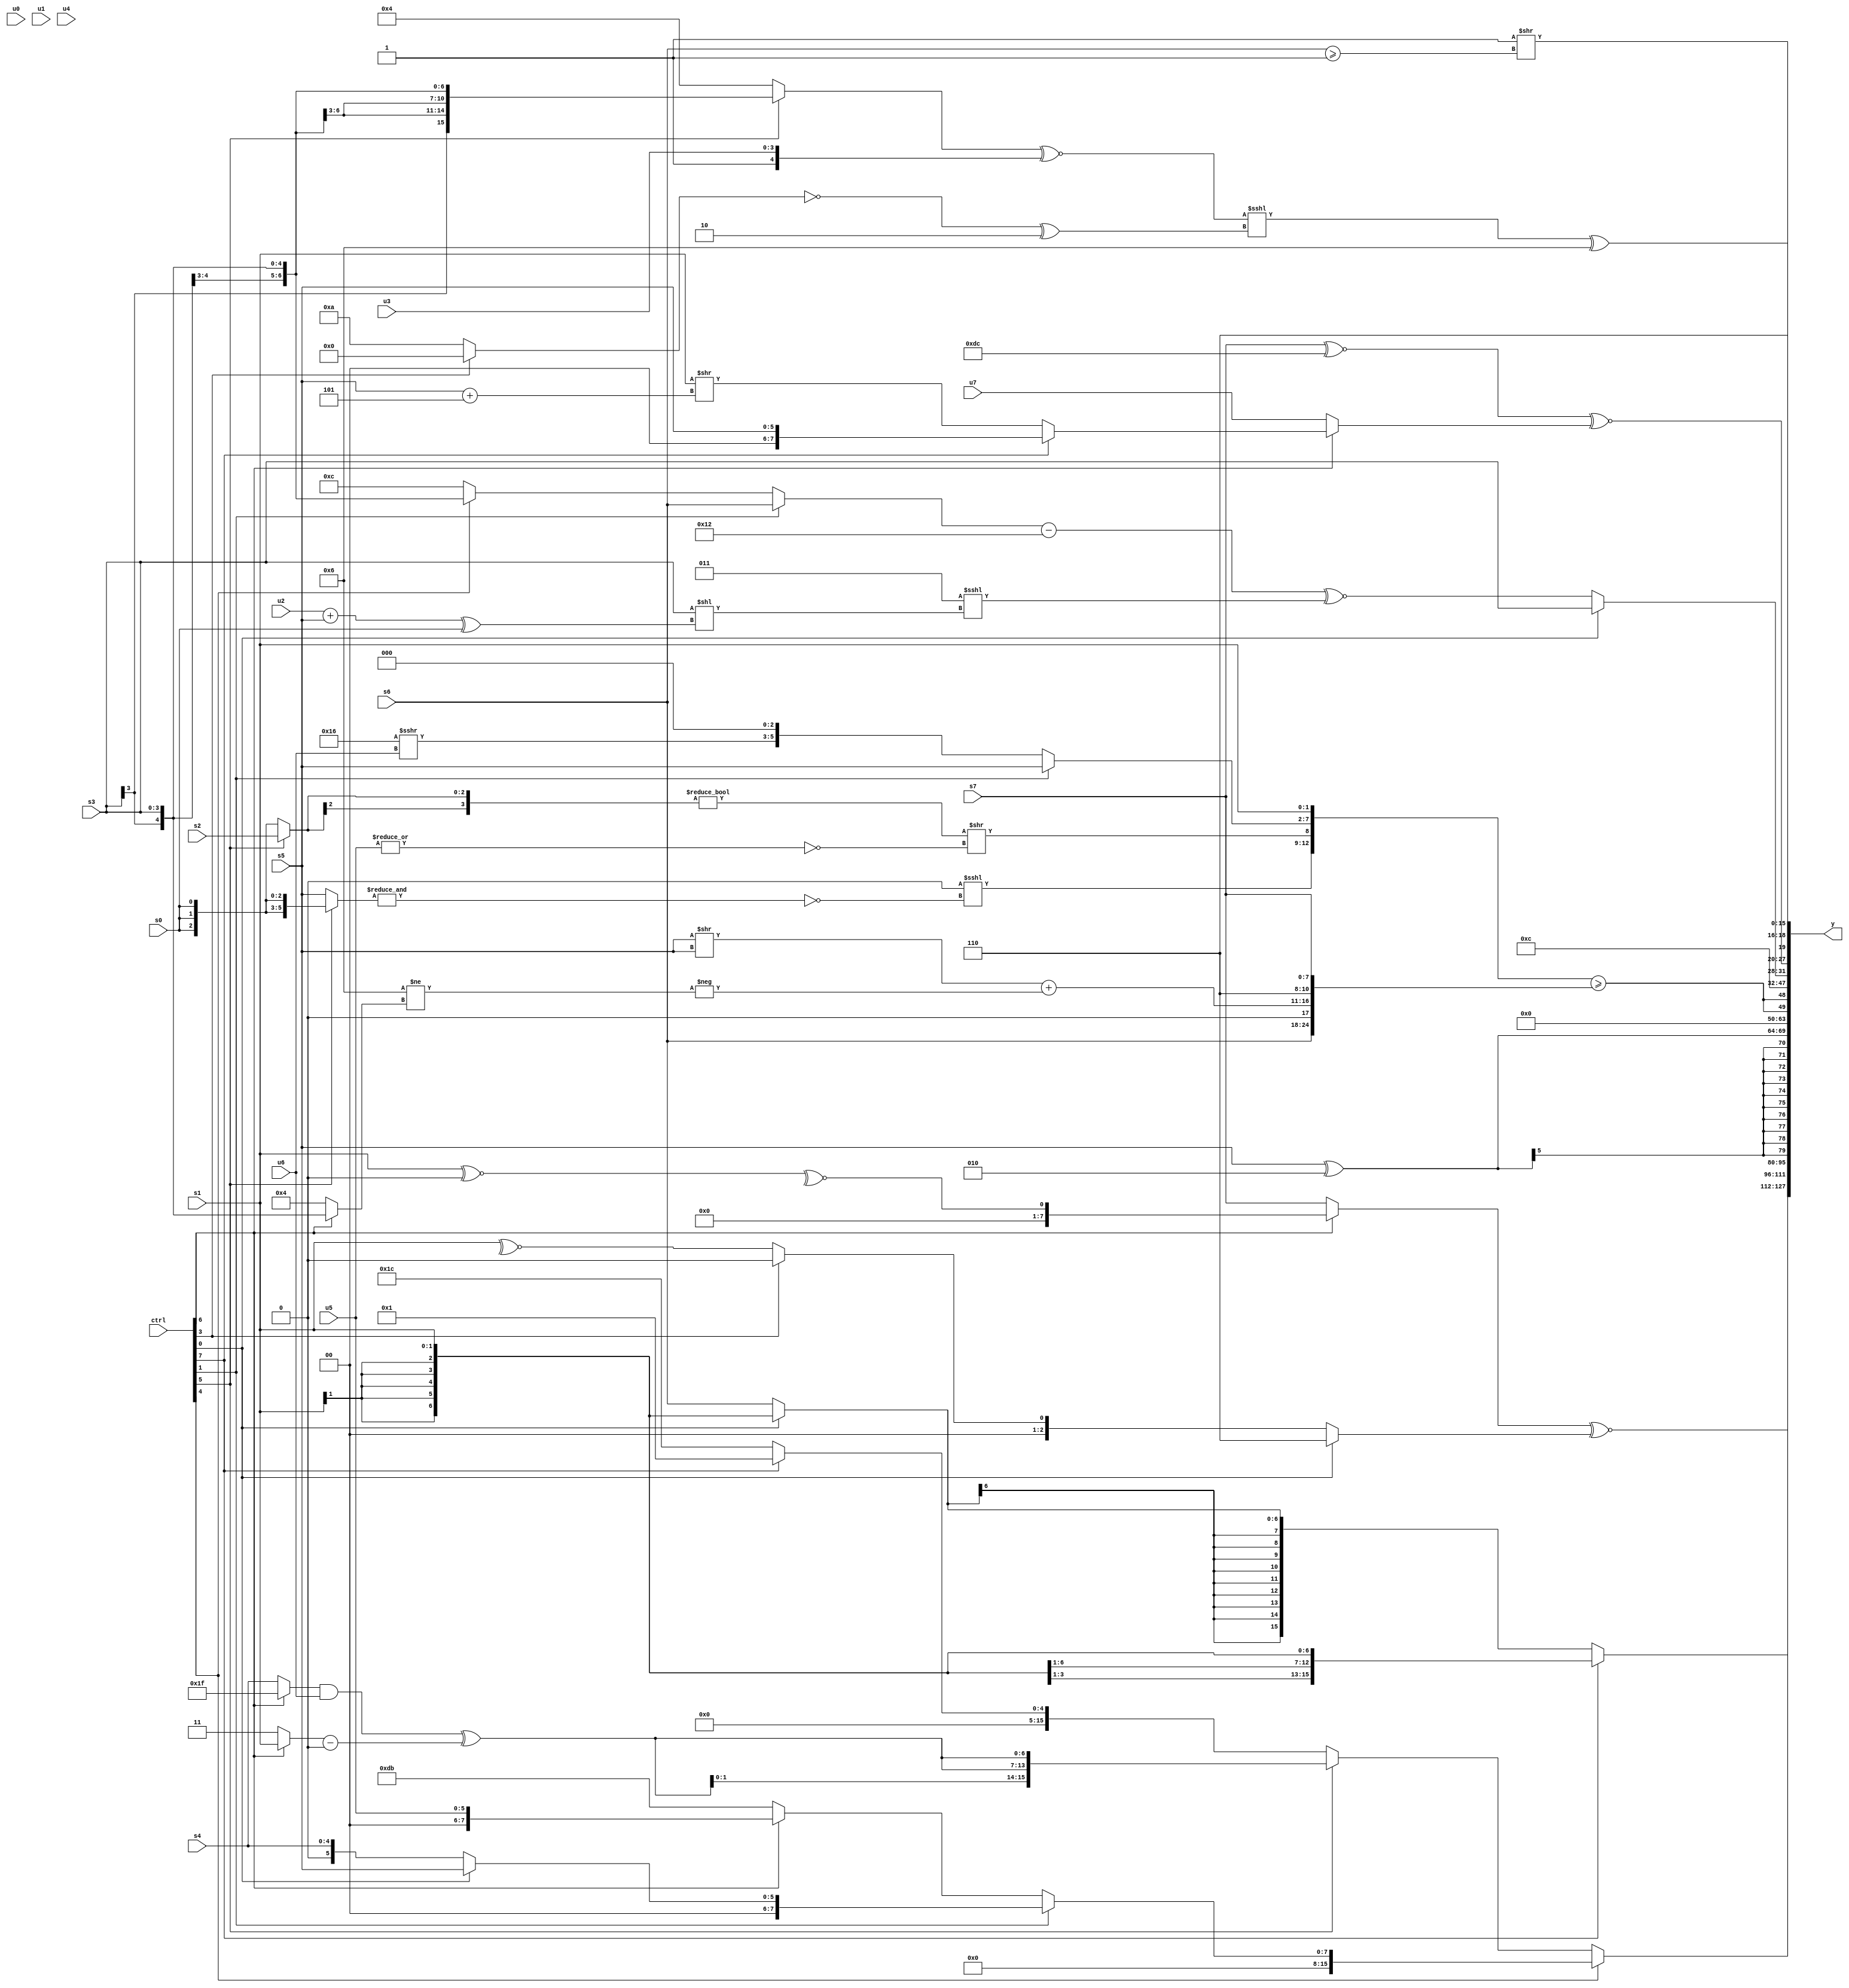
module wideexpr_00999(ctrl, u0, u1, u2, u3, u4, u5, u6, u7, s0, s1, s2, s3, s4, s5, s6, s7, y);
  input [7:0] ctrl;
  input [0:0] u0;
  input [1:0] u1;
  input [2:0] u2;
  input [3:0] u3;
  input [4:0] u4;
  input [5:0] u5;
  input [6:0] u6;
  input [7:0] u7;
  input signed [0:0] s0;
  input signed [1:0] s1;
  input signed [2:0] s2;
  input signed [3:0] s3;
  input signed [4:0] s4;
  input signed [5:0] s5;
  input signed [6:0] s6;
  input signed [7:0] s7;
  output [127:0] y;
  wire [15:0] y0;
  wire [15:0] y1;
  wire [15:0] y2;
  wire [15:0] y3;
  wire [15:0] y4;
  wire [15:0] y5;
  wire [15:0] y6;
  wire [15:0] y7;
  assign y = {y0,y1,y2,y3,y4,y5,y6,y7};
  assign y0 = ((ctrl[6]?$signed(~^(($unsigned(s1))^~(2'sb00))):s7))^~((ctrl[0]?-(-({1{-(3'sb010)}})):$signed((ctrl[3]?&((ctrl[4]?5'sb01111:5'sb01001)):~^(s1)))));
  assign y1 = (ctrl[7]?s1:+((ctrl[0]?s1:s6)));
  assign y2 = (ctrl[4]?+((ctrl[1]?+(+((ctrl[0]?s5:s4))):$signed((ctrl[6]?u5:{3{3'b011}})))):(ctrl[5]?{3{(((ctrl[6]?1'sb1:s4))&($signed(u6)))^(((ctrl[6]?s1:1'sb1))-(4'sb0000))}}:(ctrl[7]?1'b1:5'b11100)));
  assign y3 = ((s5)^(3'sb010))>>>(2'sb00);
  assign y4 = {2{({$signed(((((s3)<<(s5))>>(3'sb111))<<<(~&((ctrl[5]?s0:s5))))>>(1'sb0)),$unsigned(^((((s3)>>(5'sb10000))!=((ctrl[5]?s2:s0)))>>(~|($signed(u5))))),(ctrl[1]?s5:((-(6'sb001010))>>>(u6))<<($signed(4'b0011))),s1})>=({s6,1'sb0,((s5)>>(s5))+(-((4'sb0110)!=((ctrl[6]?s3:5'sb00100)))),{$signed((3'sb110)+(1'b0)),s7}})}};
  assign y5 = 5'b01100;
  assign y6 = {(ctrl[0]?s3:(((ctrl[1]?s6:(ctrl[4]?$signed(s3):6'sb001100)))-((6'sb110010)<<<(2'sb00)))^~((3'sb011)<<<((s3)<<(((u2)+(s5))^(&(s0)))))),{1{((s7)^~(-(6'b100100)))^~((ctrl[6]?(ctrl[7]?s5:(s1)>>((s5)+(3'sb101))):$signed(u7)))}},(~^(2'sb11))>>($signed((+(s6))>=(1'b1))),3'b110};
  assign y7 = ((((ctrl[5]?+(s3):(3'sb011)+(2'sb01)))^~($signed({4'sb1111,u3})))<<<((~((ctrl[3]?3'b000:5'sb01010)))^(5'b00010)))^(6'sb000110);
endmodule